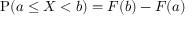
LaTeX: \operatorname { P } ( a \leq X < b ) = F ( b ) - F ( a )